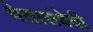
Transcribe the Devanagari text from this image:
चेतासंवेदी